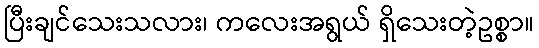
ပြီးချင်သေးသလား၊ ကလေးအရွယ် ရှိသေးတဲ့ဥစ္စာ။